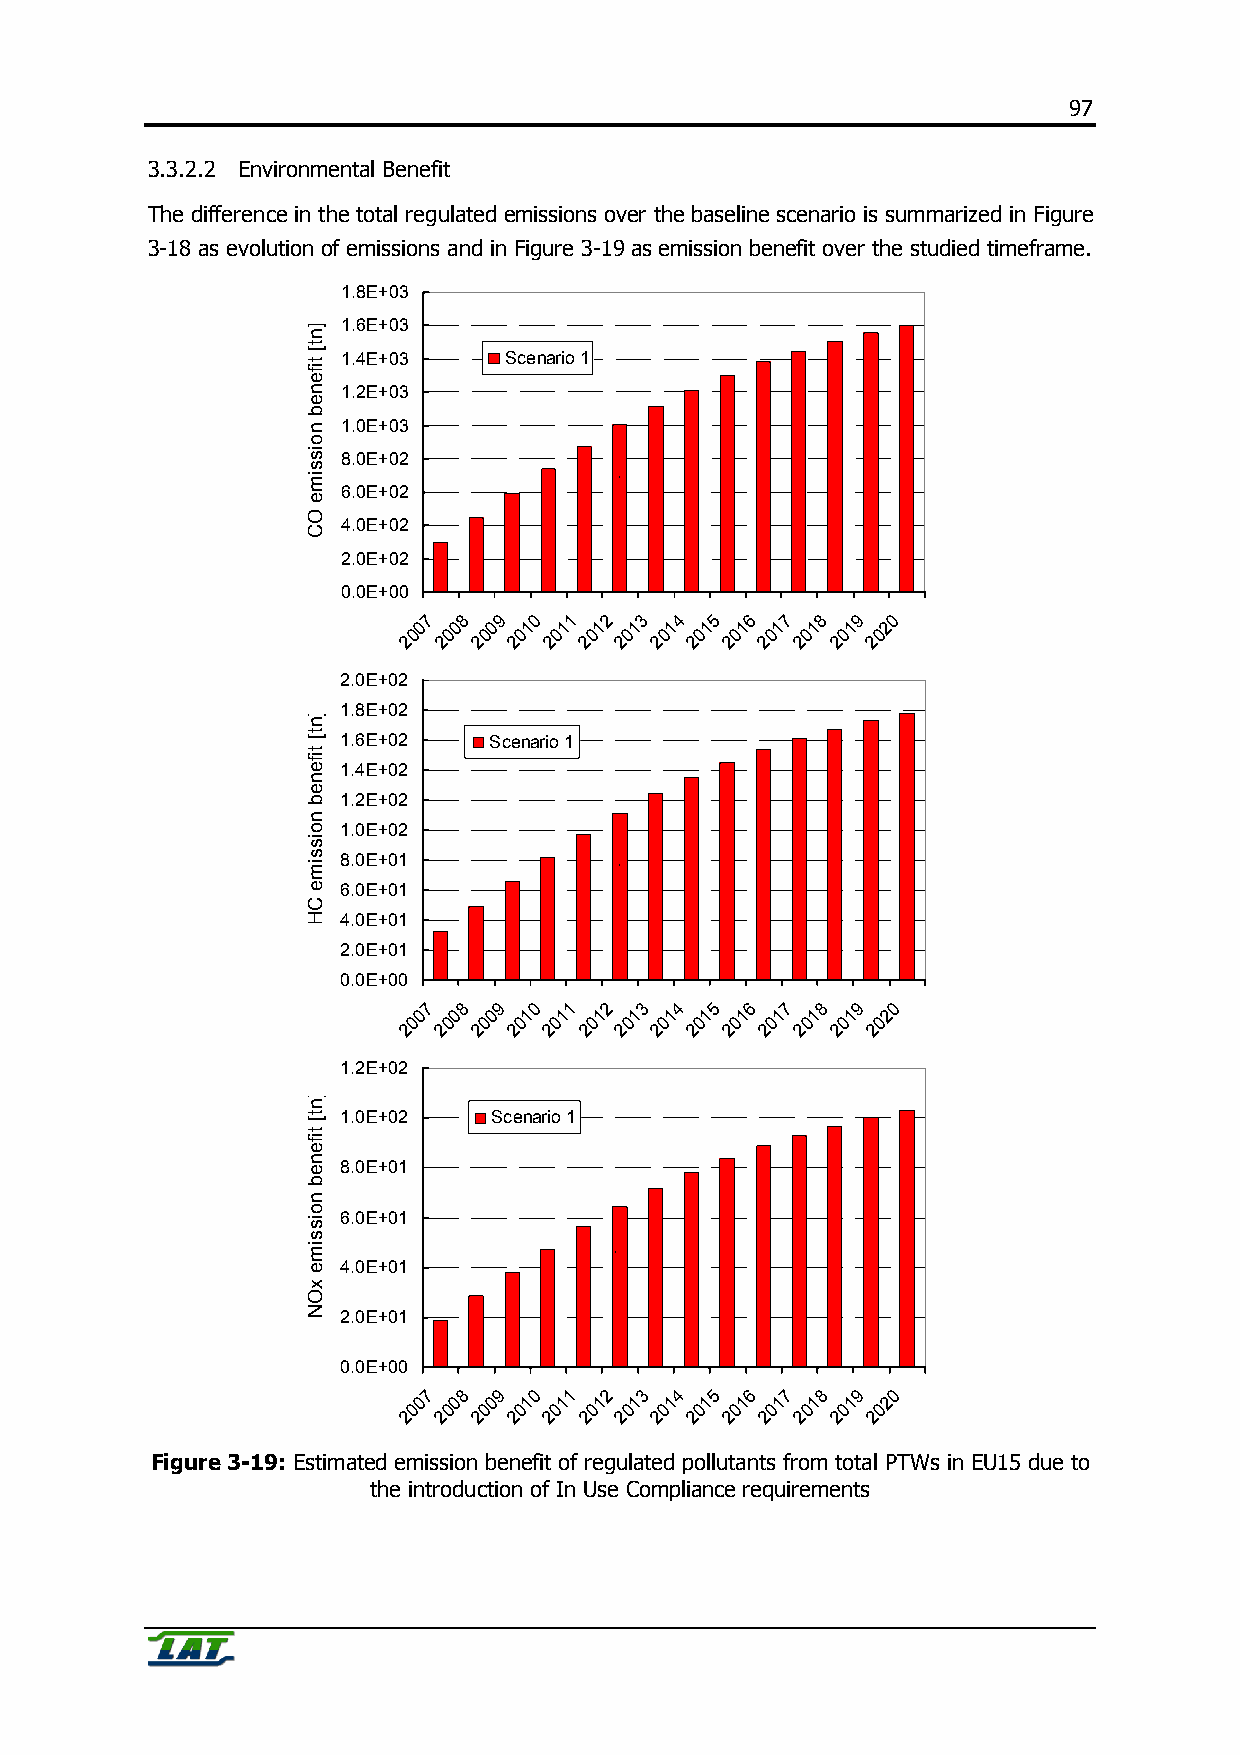
97
 3.3.2.2 Environmental Benefit
 The difference in the total regulated emissions over the baseline scenario is summarized in Figure
 3-18 as evolution of emissions and in Figure 3-19 as emission benefit over the studied timeframe.
 1.8E+03
 1.6E+03
 1.4E+03   Scenario 1
 1.2E+03
 1.0E+03
 8.0E+02
 `
 6.0E+02
 4.0E+02
 2.0E+02
 0.0E+00
 7 8  9 0  1 2 3  4 5 6  7 8  9 0
 0 0 0  1 1 1  1 1  1 1 1  1 1 2
 0  0 0 0  0 0 0  0 0  0 0 0  0 0
 2 2 2  2 2  2 2 2  2 2 2  2 2  2
 2.0E+02
 1.8E+02
 1.6E+02  Scenario 1
 1.4E+02
 1.2E+02
 1.0E+02
 8.0E+01
 `
 6.0E+01
 4.0E+01
 2.0E+01
 0.0E+00
 7 8  9 0  1 2 3  4 5 6  7 8  9 0
 0 0 0  1 1 1  1 1  1 1 1  1 1 2
 0  0 0 0  0 0 0  0 0  0 0 0  0 0
 2 2 2  2 2  2 2 2  2 2 2  2 2  2
 1.2E+02
 1.0E+02   Scenario 1
 8.0E+01
 6.0E+01
 `
 4.0E+01
 2.0E+01
 0.0E+00
 7 8  9 0  1 2 3  4 5 6  7 8  9 0
 0 0 0  1 1 1  1 1  1 1 1  1 1 2
 0 0  0 0  0 0 0  0 0  0 0 0  0 0
 2 2 2  2 2  2 2 2  2 2 2  2 2  2
 Figure 3-19: Estimated emission benefit of regulated pollutants from total PTWs in EU15 due to
 the introduction of In Use Compliance requirements
 ]nt[
 tifeneb
 noissime
 OC
 ]nt[
 tifeneb
 noissime
 CH
 ]nt[
 tifeneb
 noissime
 xON